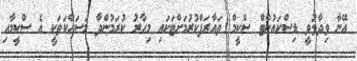
އޭނާ ވިދާޅުވީ ޑިސްކައުންޓް ސްކީމް ތައާރަފްކުރުމަށްޓަކައި މިހާރު ކުރަމުންދާ މަސައްކަތަކީ އެ ސްކީމާއި